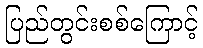
ပြည်တွင်းစစ်ကြောင့်